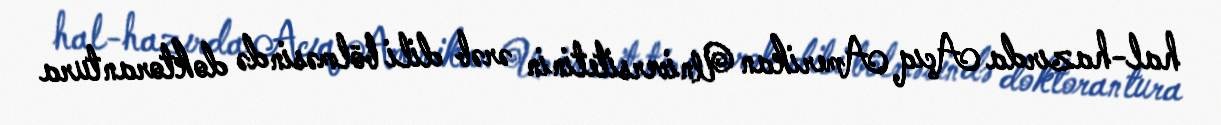
hal-hazırda Açıq Amerikan Universitetinin ərəb dili bölməsində doktorantura